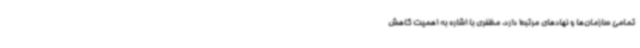
تمامی سازمان‌ها و نهادهای مرتبط دارد. مظفری با اشاره به اهمیت کاهش